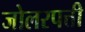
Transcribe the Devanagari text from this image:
जोलरपत्ती